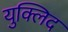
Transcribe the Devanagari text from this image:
युक्लिद